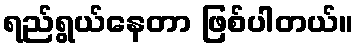
ရည်ရွယ်နေတာ ဖြစ်ပါတယ်။